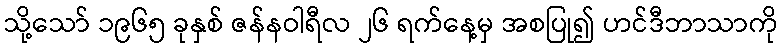
သို့သော် ၁၉၆၅ ခုနှစ် ဇန်နဝါရီလ ၂၆ ရက်နေ့မှ အစပြု၍ ဟင်ဒီဘာသာကို